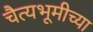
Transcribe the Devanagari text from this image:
चैत्यभूमीच्या